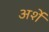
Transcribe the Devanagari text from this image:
अर्शे